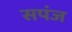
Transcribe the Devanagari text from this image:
सपंज